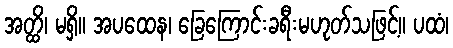
အတ္ထိ၊ မရှိ။ အပထေန၊ ခြေကြောင်းခရီးမဟုတ်သဖြင့်။ ပထံ၊